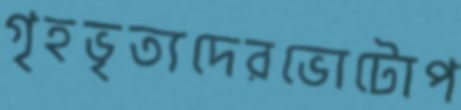
গৃহভৃত্যদেরভোটোপ